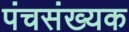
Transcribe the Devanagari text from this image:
पंचसंख्यक